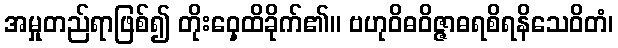
အမှုတည်ရာဖြစ်၍ တိုးဝှေ့ထိခိုက်၏။ ဗဟုဝိဓဝိဇ္ဇာဓရစိရနိသေဝိတံ၊